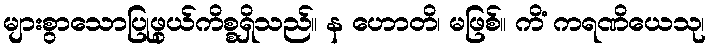
များစွာသောပြုဖွယ်ကိစ္စရှိသည်။ န ဟောတိ၊ မဖြစ်။ ကိံ ကရဏိယေသု၊